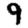
Digit: 9